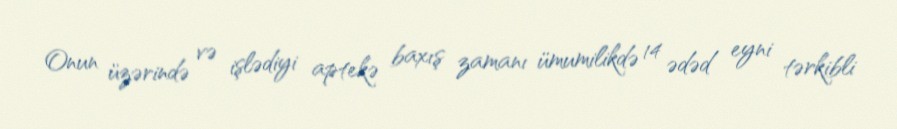
Onun üzərində və işlədiyi aptekə baxış zamanı ümumilikdə 14 ədəd eyni tərkibli